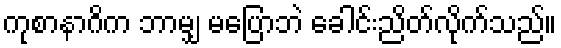
ကုစာနာဂိက ဘာမျှ မပြောဘဲ ခေါင်းညိတ်လိုက်သည်။